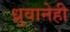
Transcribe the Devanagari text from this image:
ध्रुवानेही